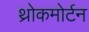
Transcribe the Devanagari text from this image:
थ्रोकमोर्टन